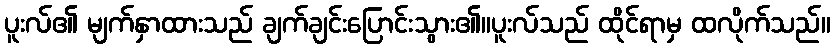
ပူးလ်၏ မျက်နှာထားသည် ချက်ချင်းပြောင်းသွား၏။ပူးလ်သည် ထိုင်ရာမှ ထလိုက်သည်။